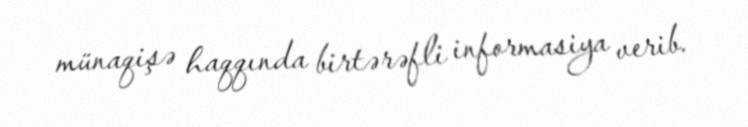
münaqişə haqqında birtərəfli informasiya verib.